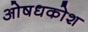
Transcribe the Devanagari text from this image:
ओषधकोश